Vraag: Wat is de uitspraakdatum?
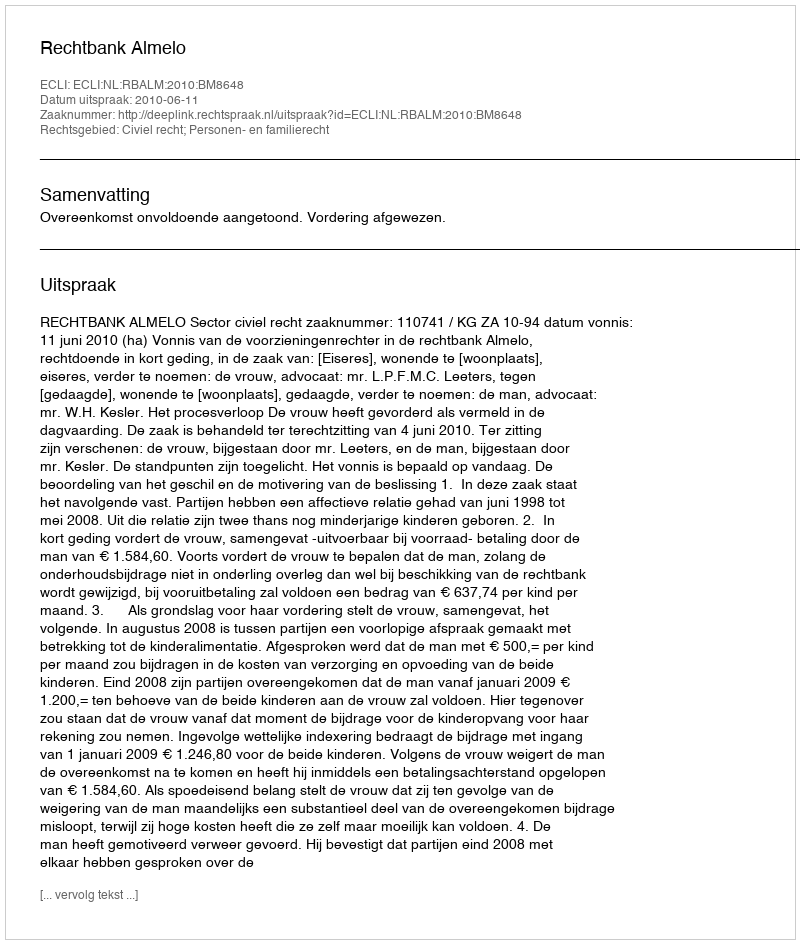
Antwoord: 2010-06-11